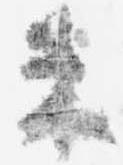
束